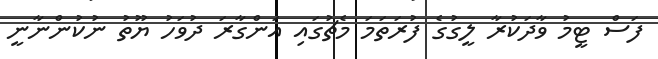
ފަސް ޓީމު ވާދަކުރާ ލީގުގެ ފުރަތަމަ މެޗުގައި އަންގާރަ ދުވަހު ޔޫތު ނުކުންނާނީ